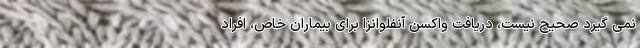
نمی گیرد صحیح نیست، دریافت واکسن آنفلوانزا برای بیماران خاص، افراد